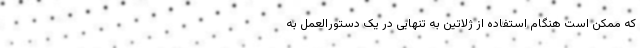
که ممکن است هنگام استفاده از ژلاتین به تنهایی در یک دستورالعمل به